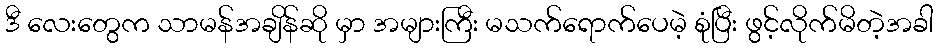
ဒီ လေးတွေက သာမန်အချိန်ဆို မှာ အများကြီး မသက်ရောက်ပေမဲ့ စုံပြီး ဖွင့်လိုက်မိတဲ့အခါ